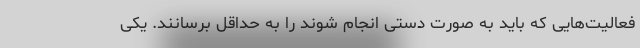
فعالیت‌هایی که باید به صورت دستی انجام شوند را به حداقل برسانند. یکی